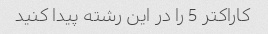
کاراکتر 5 را در این رشته پیدا کنید